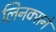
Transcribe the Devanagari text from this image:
लिनक्सने